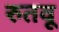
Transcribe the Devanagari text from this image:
रुतवू